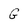
Character: G